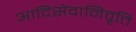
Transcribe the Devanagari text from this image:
आदिसेवानिवृत्ति